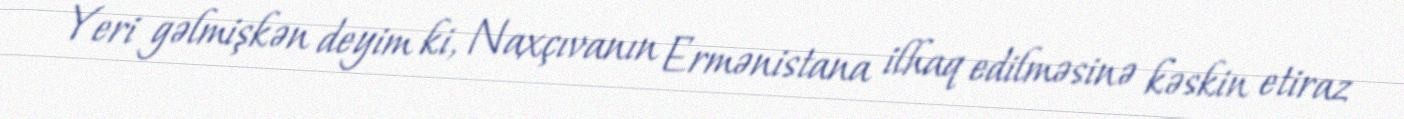
Yeri gəlmişkən deyim ki, Naxçıvanın Ermənistana ilhaq edilməsinə kəskin etiraz